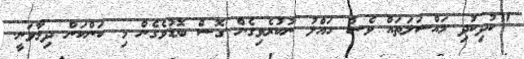
"ކުދިކުދި މައްސަލަތައް ވެސް ހައްލު ނުކުރެވިގެން ގޮސް ބޮޑުވެގެން މި ކަންކަން ދިމާވަނީ.